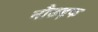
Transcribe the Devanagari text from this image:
नौछड़क